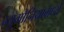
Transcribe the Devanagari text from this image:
न्युमोनियामध्ये